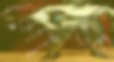
মোল্ল